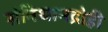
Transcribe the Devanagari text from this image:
संविधानद्रोही